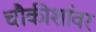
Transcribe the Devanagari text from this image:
चौकीशांवर